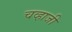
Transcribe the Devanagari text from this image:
चव्हाजी